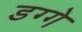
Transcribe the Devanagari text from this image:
डग्गे